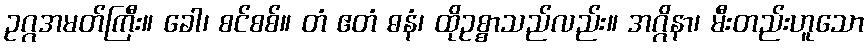
ဥဂ္ဂအမတ်ကြီး။ ခေါ၊ စင်စစ်။ တံ ဧတံ ဓနံ၊ ထိုဥစ္စာသည်လည်း။ အဂ္ဂိနာ၊ မီးတည်းဟူသော